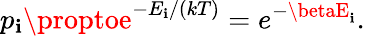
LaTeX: p_{\mathbf{i}}\proptoe^{-E_{\mathbf{i}}/(kT)}=e^{-\betaE_{\mathbf{i}}}.